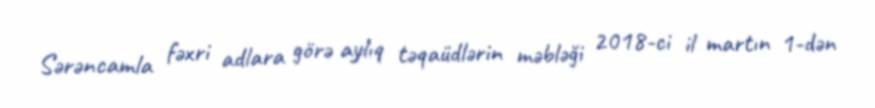
Sərəncamla fəxri adlara görə aylıq təqaüdlərin məbləği 2018-ci il martın 1-dən